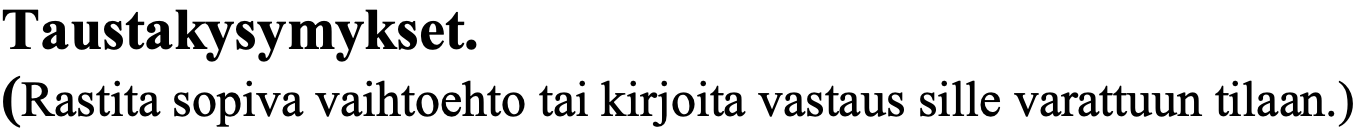
Taustakysymykset. (Rastita sopiva vaihtoehto tai kirjoita vastaus sille varattuun tilaan.)